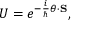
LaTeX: U = e ^ { - { \frac { i } { \hbar } } { \boldsymbol { \theta } } \cdot \mathbf { S } } ,